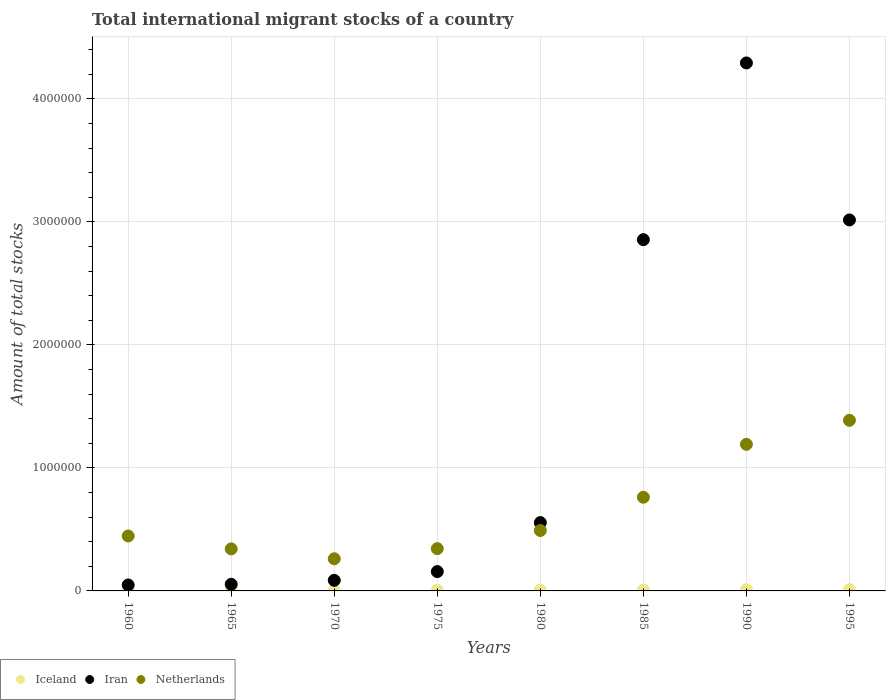
| Years | Iceland | Iran | Netherlands |
 | --- | --- | --- | --- |
 | 1960 | 3.32e+03 | 4.84e+04 | 4.47e+05 |
 | 1965 | 4.52e+03 | 5.38e+04 | 3.42e+05 |
 | 1970 | 4.91e+03 | 8.62e+04 | 2.61e+05 |
 | 1975 | 5.28e+03 | 1.57e+05 | 3.44e+05 |
 | 1980 | 5.76e+03 | 5.55e+05 | 4.91e+05 |
 | 1985 | 7.1e+03 | 2.86e+06 | 7.61e+05 |
 | 1990 | 9.58e+03 | 4.29e+06 | 1.19e+06 |
 | 1995 | 1.08e+04 | 3.02e+06 | 1.39e+06 |